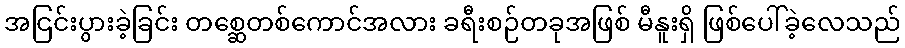
အငြင်းပွားခဲ့ခြင်း တစ္ဆေတစ်ကောင်အလား ခရီးစဉ်တခုအဖြစ် မီနူးရှိ ဖြစ်ပေါ်ခဲ့လေသည်